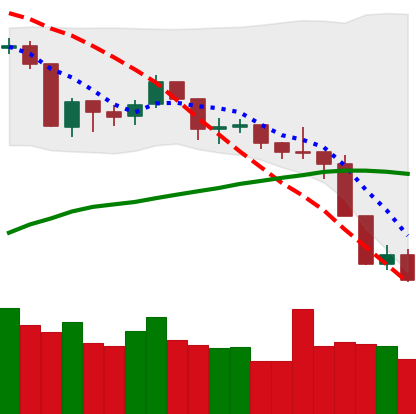
Ticker: BNB-USD
Chart end date: 2019-08-31
Forward return: 7.031%
Label: up_7plus